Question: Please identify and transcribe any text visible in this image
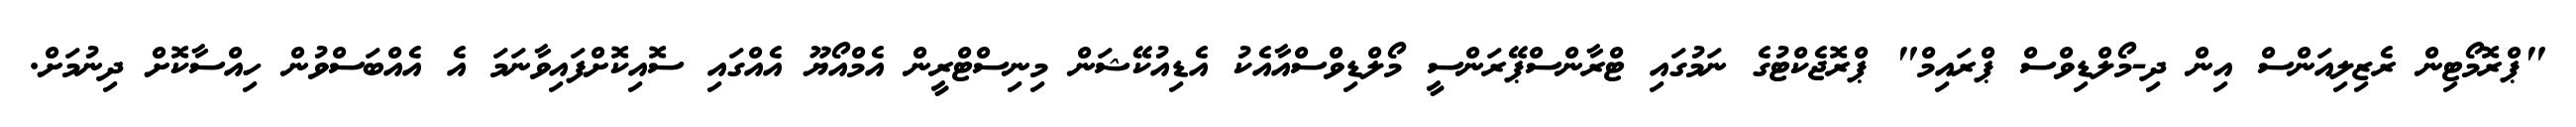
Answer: "ޕްރޮމޯޓިން ރެޒިލިއަންސް އިން ދި-މޯލްޑިވްސް ޕްރައިމް" ޕްރޮޖެކްޓުގެ ނަމުގައި ޓްރާންސްޕޭރަންސީ މޯލްޑިވްސްއާއެކު އެޑިއުކޭޝަން މިނިސްޓްރީން އެމްއޯޔޫ އެއްގައި ސޮއިކޮށްފައިވާނަމަ އެ އެއްބަސްވުން ހިއްސާކޮށް ދިނުމަށް.